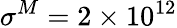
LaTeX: \sigma^{M}=2\times 10^{12}